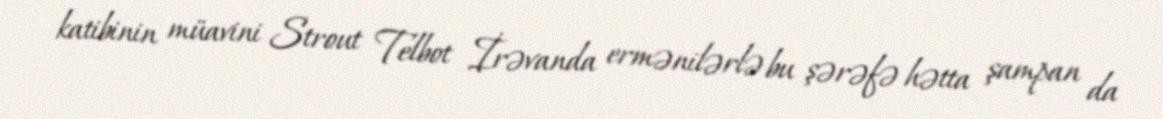
katibinin müavini Strout Telbot İrəvanda ermənilərlə bu şərəfə hətta şampan da